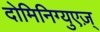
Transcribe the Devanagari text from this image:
दोमिनिग्युएज़्